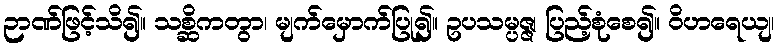
ဉာဏ်ဖြင့်သိ၍။ သစ္ဆိကတွာ၊ မျက်မှောက်ပြု၍။ ဥပသမ္ပဇ္ဇ၊ ပြည့်စုံစေ၍။ ဝိဟရေယျ၊